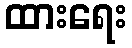
ထားရေး